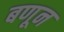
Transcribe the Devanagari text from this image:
बणून